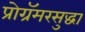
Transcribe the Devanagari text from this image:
प्रोग्रॅमरसुद्धा